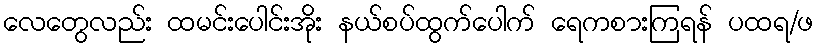
လေတွေလည်း ထမင်းပေါင်းအိုး နယ်စပ်ထွက်ပေါက် ရေကစားကြရန် ပထရ/ဖ